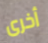
أخرى